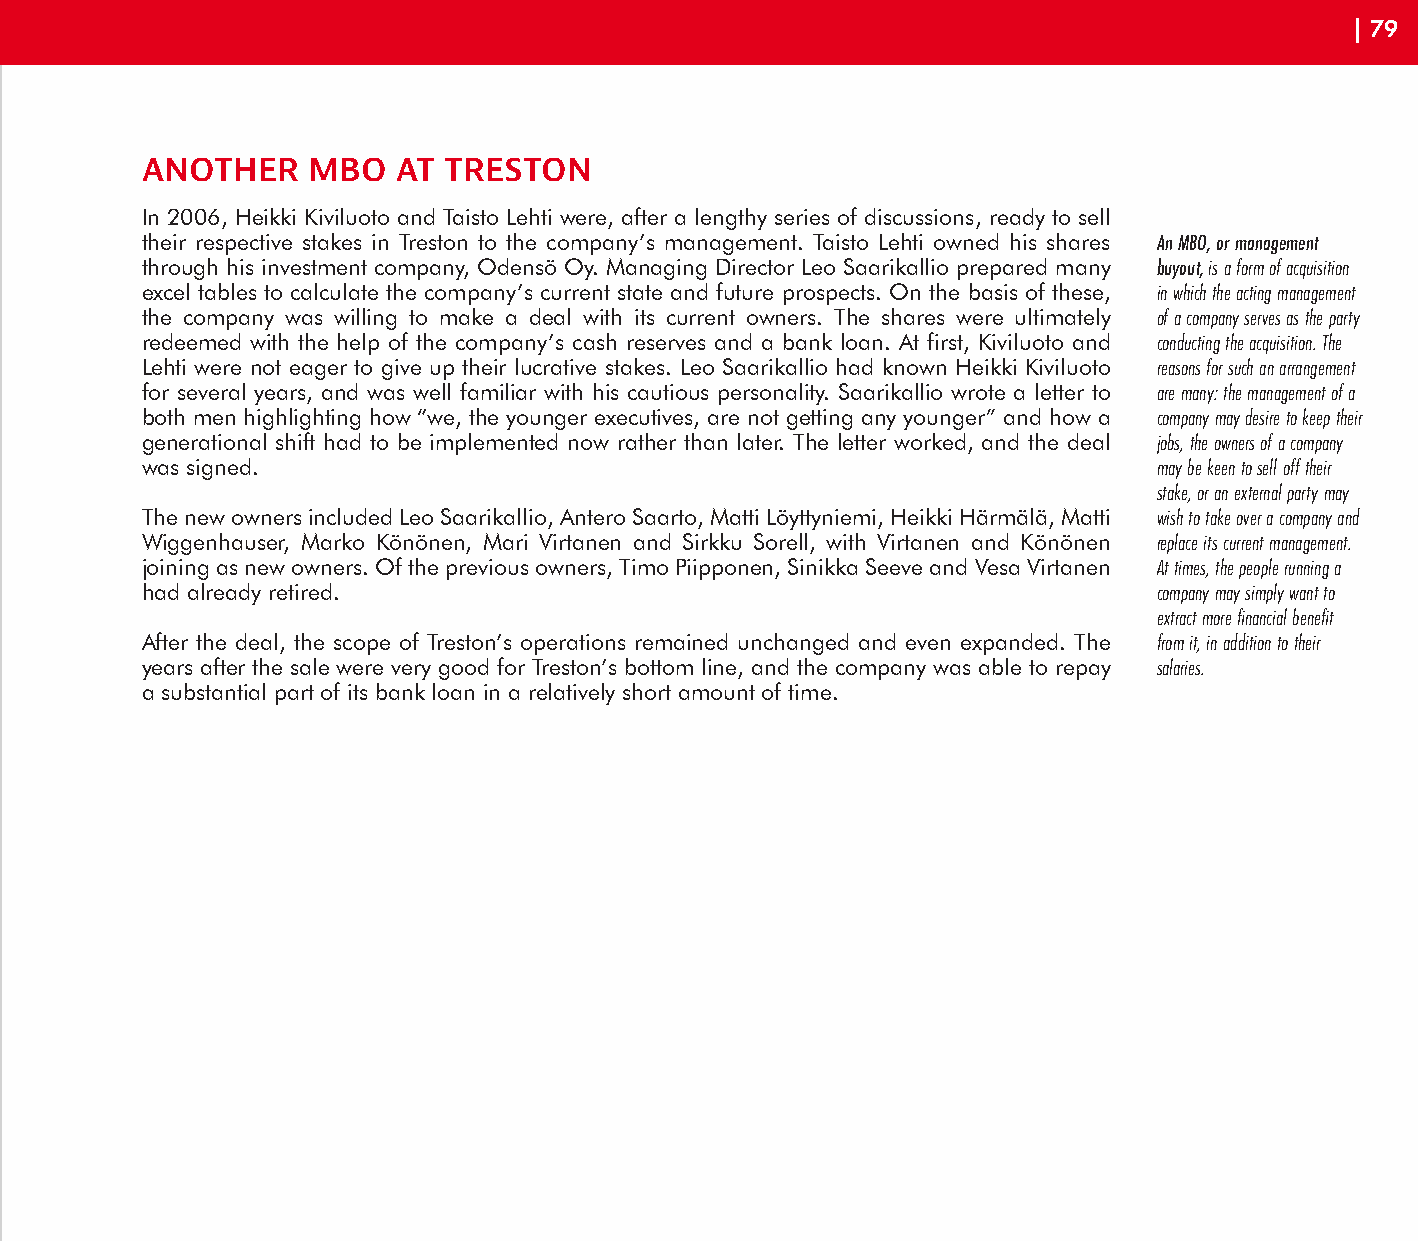
| 79
 ANOTHER    MBO   AT TRESTON
 In 2006, Heikki Kiviluoto and Taisto Lehti were, after a lengthy series of discussions, ready to sell
 their respective stakes in Treston to the company’s management. Taisto Lehti owned his shares An MBO, or management
 through his investment company, Odensö Oy. Managing Director Leo Saarikallio prepared many buyout, is a form of acquisition
 excel tables to calculate the company’s current state and future prospects. On the basis of these, in which the acting management
 the company was willing to make a deal with its current owners. The shares were ultimately of a company serves as the party
 redeemed with the help of the company’s cash reserves and a bank loan. At first, Kiviluoto and conducting the acquisition. The
 Lehti were not eager to give up their lucrative stakes. Leo Saarikallio had known Heikki Kiviluoto reasons for such an arrangement
 for several years, and was well familiar with his cautious personality. Saarikallio wrote a letter to are many: the management of a
 both men highlighting how “we, the younger executives, are not getting any younger” and how a company may desire to keep their
 generational shift had to be implemented now rather than later. The letter worked, and the deal jobs, the owners of a company
 was signed.                                                         may be keen to sell off their
 stake, or an external party may
 The new owners included Leo Saarikallio, Antero Saarto, Matti Löyttyniemi, Heikki Härmälä, Matti wish to take over a company and
 Wiggenhauser, Marko Könönen, Mari Virtanen and Sirkku Sorell, with Virtanen and Könönen replace its current management.
 joining as new owners. Of the previous owners, Timo Piipponen, Sinikka Seeve and Vesa Virtanen At times, the people running a
 had already retired.                                                company may simply want to
 extract more financial benefit
 After the deal, the scope of Treston’s operations remained unchanged and even expanded. The from it, in addition to their
 years after the sale were very good for Treston’s bottom line, and the company was able to repay salaries.
 a substantial part of its bank loan in a relatively short amount of time.